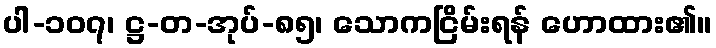
ပါ-၁၀၇၊ ဋ္ဌ-တ-အုပ်-၈၅၊ သောကငြိမ်းရန် ဟောထား၏။